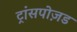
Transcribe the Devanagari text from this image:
ट्रांसपोज़ड